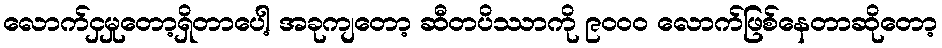
လောက်ငှမှုတော့ရှိတာပေါ့ အခုကျတော့ ဆီတပိဿာကို ၉၀၀၀ လောက်ဖြစ်နေတာဆိုတော့